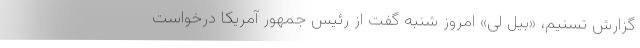
گزارش تسنیم، «بیل لی» امروز شنبه گفت از رئیس جمهور آمریکا درخواست